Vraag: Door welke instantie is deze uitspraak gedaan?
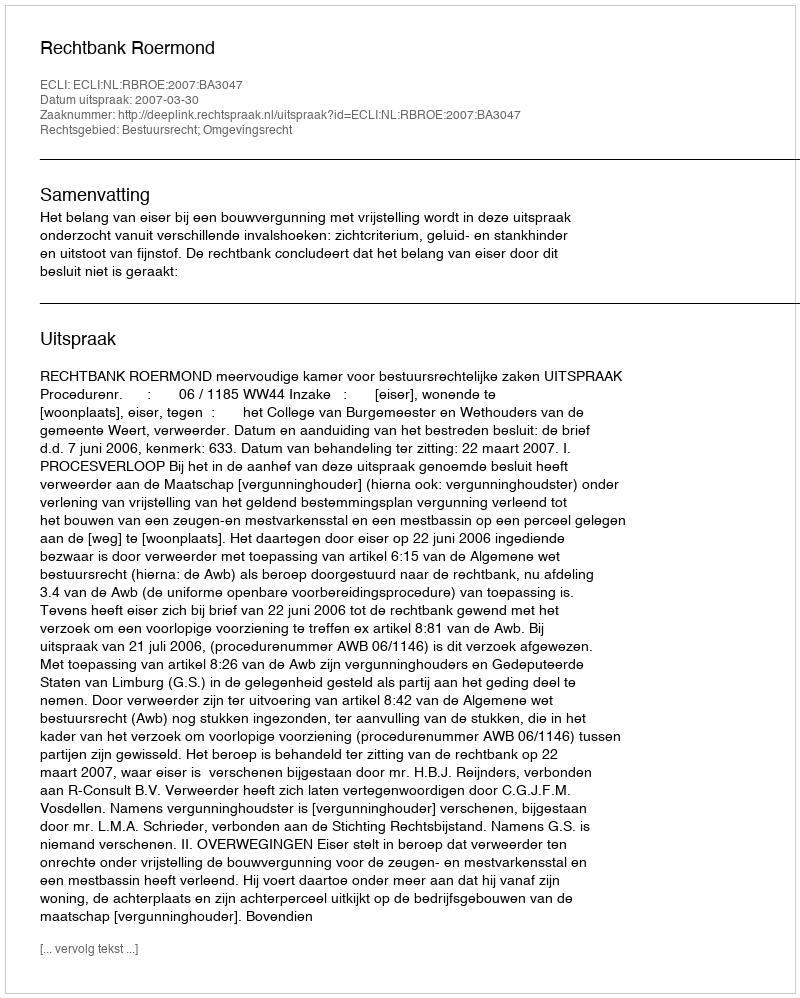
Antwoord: Rechtbank Roermond